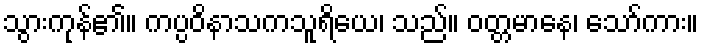
သွားကုန်၏။ ကပ္ပဝိနာသကသူရိယေ၊ သည်။ ဝတ္တမာနေ၊ သော်ကား။